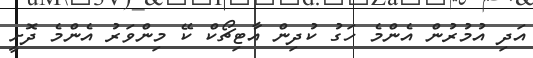
އަދި އުމުރުން އެންމެ ހަގު ކުދިން އާޓިޗޯކް ކޭ މިންވަރު އެންމެ ދޮށީ